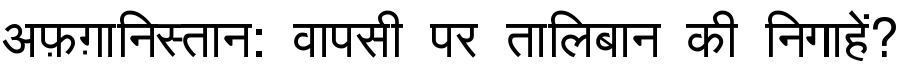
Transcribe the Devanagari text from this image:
अफ़ग़ानिस्तान: वापसी पर तालिबान की निगाहें?